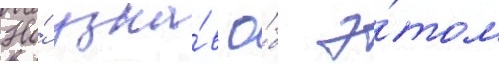
Но́ узна́в о́б э́том